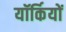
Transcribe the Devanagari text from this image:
यॉर्कियों